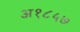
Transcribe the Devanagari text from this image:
अ१८५७